Indian journal of veterinary science and animal husbandry - Volume 10,
Year: 1940
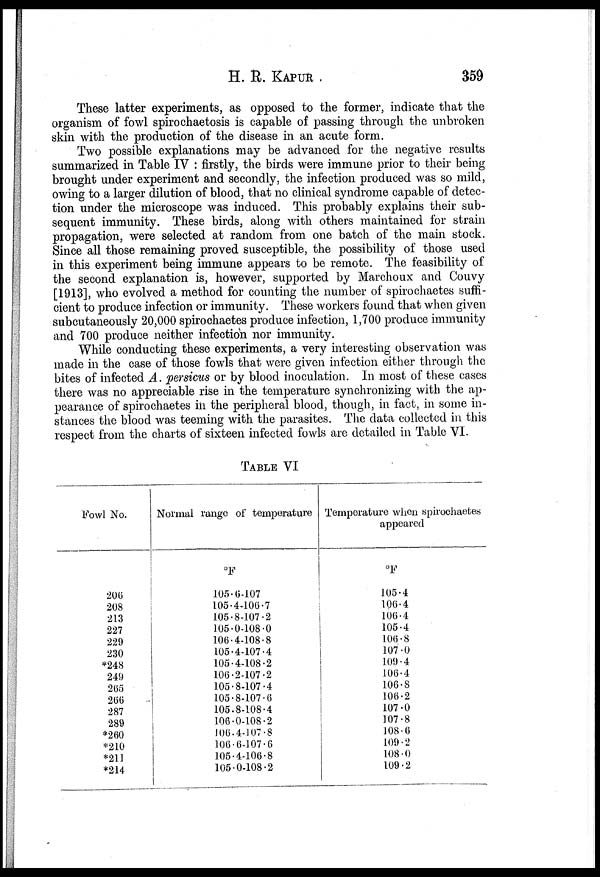
H. R.
KAPUR
359
These latter experiments, as opposed to the former, indicate that the
organism of fowl spirochaetosis is capable of passing through the unbroken
skin with the production of the disease in an acute form.
Two possible explanations may be advanced for the negative results
summarized in Table IV : firstly, the birds were immune prior to their being
brought under experiment and secondly, the infection produced was so mild,
owing to a larger dilution of blood, that no clinical syndrome capable of detec-
tion under the microscope was induced. This probably explains their sub-
sequent immunity. These birds, along with others maintained for strain
propagation, were selected at random from one batch of the main stock.
Since all those remaining proved susceptible, the possibility of those used
in this experiment being immune appears to be remote. The feasibility of
the second explanation is, however, supported by Marchoux and Couvy
[1913], who evolved a method for counting the number of spirochaetes suffi-
cient to produce infection or immunity. These workers found that when given
subcutaneously 20,000 spirochaetes produce infection, 1,700 produce immunity
and 700 produce neither infection nor immunity.
While conducting these experiments, a very interesting observation was
made in the case of those fowls that were given infection either through the
bites of infected A. persicus or by blood inoculation. In most of these cases
there was no appreciable rise in the temperature synchronizing with the ap-
pearance of spirochaetes in the peripheral blood, though, in fact, in some in-
stances the blood was teeming with the parasites. The data collected in this
respect from the charts of sixteen infected fowls are detailed in Table VI.
TABLE VI
Fowl No.
206
208
213
227
229
230
*248
249
265
266
287
289
*260
*210
*211
*214
Normal range of temperature
°F
105.6-107
105.4-106.7
105.8-107.2
105.0-108.0
106.4-108.8
105.4-107.4
105.4-108.2
106.2-107.2
105.8-107.4
105.8-107.6
105.8-108.4
106.0-108.2
106.4-107.8
106.6-107.6
105.4-106.8
105.0-108.2
Temperature when spirochaetes
appeared
°F
105.4
106.4
106.4
105.4
106.8
107.0
109.4
106.4
106.8
106.2
107.0
107.8
108.6
109.2
108.0
109.2